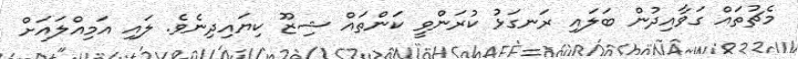
މެޗުތައް ގަވާއިދުން ބަލައި ރަނގަޅު ކުރަންވީ ކަންތައް ޝިޒޫ ކިޔައިދިނެވެ. ލައި އަމިއްލައަށް